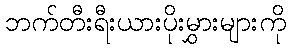
ဘက်တီးရီးယားပိုးမွှားများကို